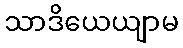
သာဒိယေယျာမ